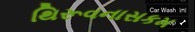
થિરૂવનાસકમ